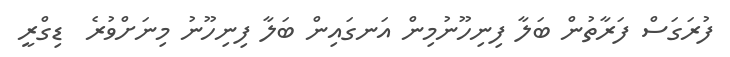
ފުރަގަސް ފަރާތުން ބަލާ ފިނިހޫނުމިން އަނގައިން ބަލާ ފިނިހޫނު މިނަށްވުރެ  ޑިގްރީ